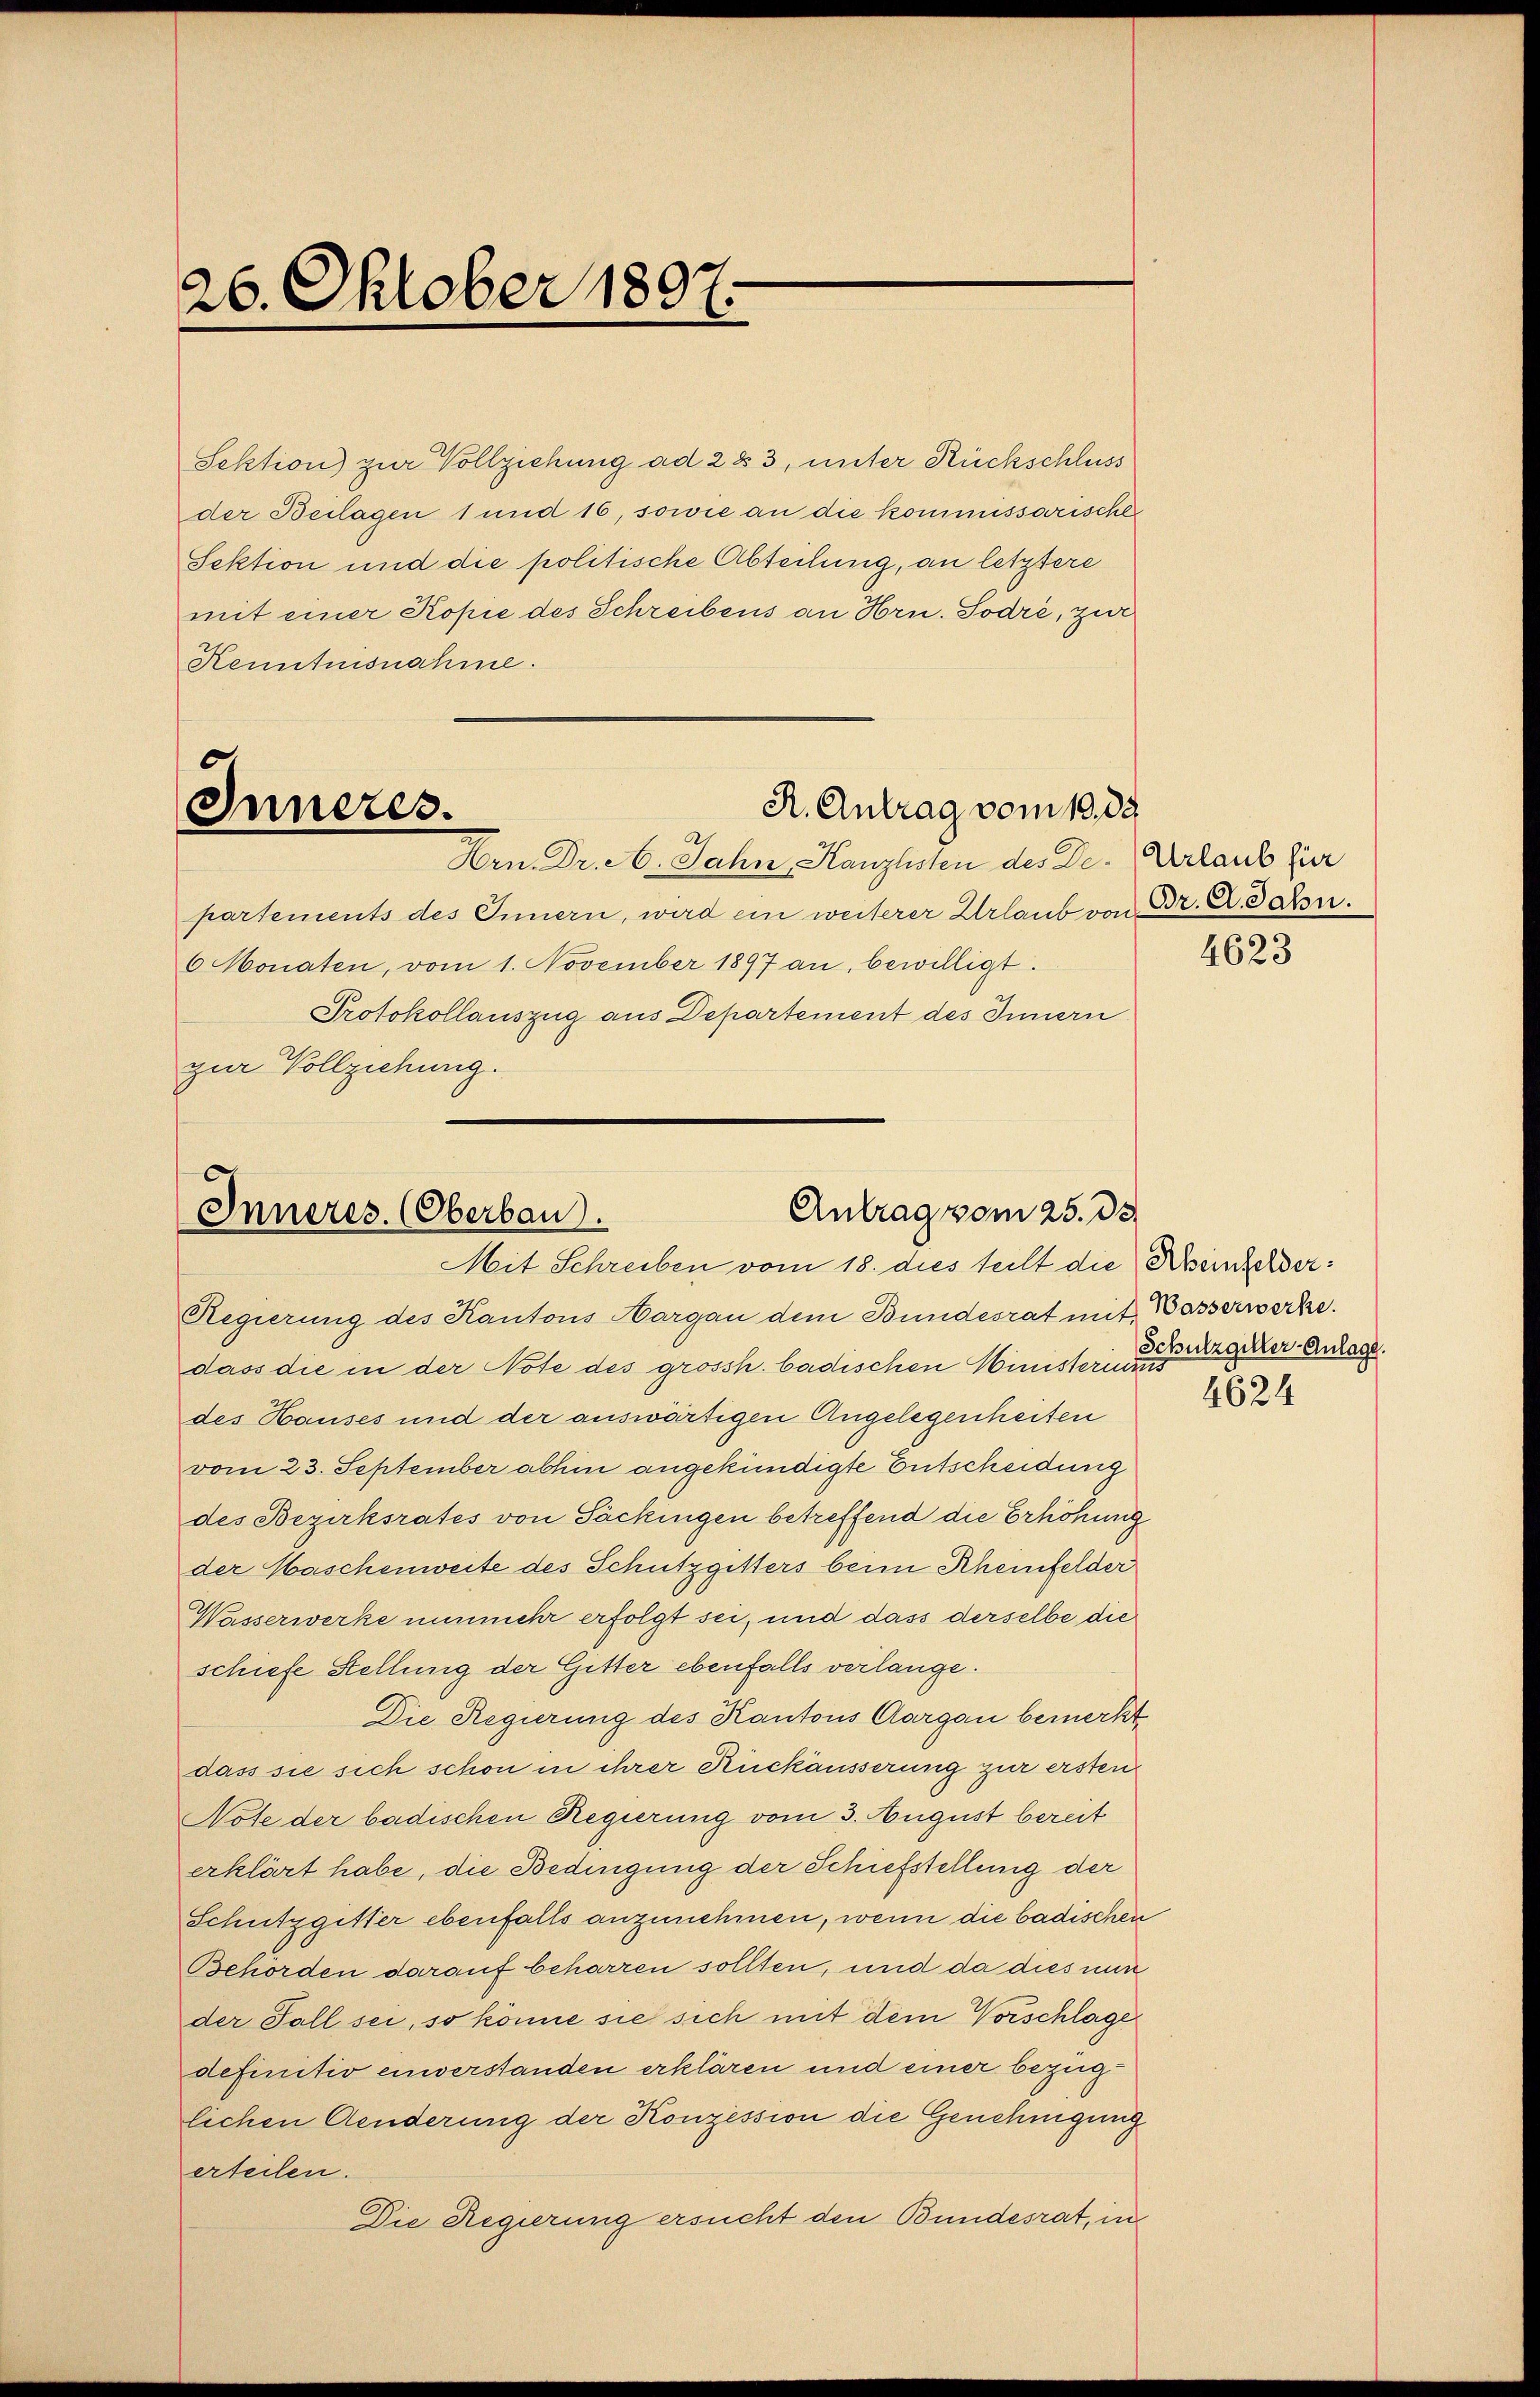
26. Oktober 1897.

Sektion) zur Vollziehung ad 2 § 3, unter Rückschluss
der Beilagen 1 und 16, sowie an die kommissarische
Sektion und die politische Abteilung, an letztere
mit einer Kopie des Schreibens an Hrn. Sodre, zur
Kenntnisnahme.

R. Antrag vom 10. 83.
Inneres.
Hrn. Dr. A. Jahn, Kanzlisten des De- Urlaub für

partements des Innern, wird ein weiterer Urlaub von Dr. A. Jahn.
6 Monaten, vom 1. November 1897 an, bewilligt.
Protokollauszug aus Departement des Innern
gir Vollziehung.

Antrag vom 25. de
Inneres. (Oberbau).
Mit Schreiben vom 18. dies teilt die Reinhelder:

Regierung des Kantons Hargau dem Bundesrat mit Wasserwerke.
dass die in der Note des grossh. badischen Ministerium
des Hauses und der auswärtigen Angelegenheiten
vom 23. September abhin angekündigte Entscheidung
des Bezirksrates von Säckingen betreffend die Erhöhung
der Maschenweite des Schutzgitters beim Rheinfelder
Wasserwerke nunmehr erfolgt sei, und dass derselbe die
schiefe Stellung der Gitter ebenfalls verlange.
Die Regierung des Kantons Aargau bemerkt
dass sie sich schon in ihrer Rückäusserung zur ersten
Note der badischen Regierung vom 3. August bereit
erklärt habe, die Bedingung der Schiefstellung der
Schutzgitter ebenfalls anzunehmen, wenn die badischen
Behörden darauf beharren sollten, und da dies nun
der Fall sei, so könne sie sich mit dem Vorschlage
definitiv einverstanden erklären und einer bezug
lichen Aenderung der Konzession die Genehmigung
erteilen.
Die Regierung ersucht den Bundesrat, in

4623

Schulzgeller Anlage.

4624